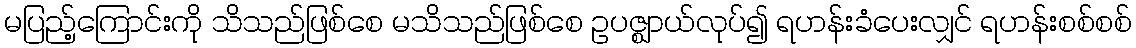
မပြည့်ကြောင်းကို သိသည်ဖြစ်စေ မသိသည်ဖြစ်စေ ဥပဇ္ဈာယ်လုပ်၍ ရဟန်းခံပေးလျှင် ရဟန်းစစ်စစ်